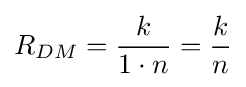
R_{DM}={\frac {k}{1\cdot n}}={\frac {k}{n}}